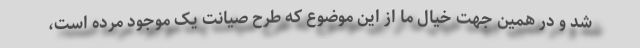
شد و در همین جهت خیال ما از این موضوع که طرح صیانت یک موجود مرده است،